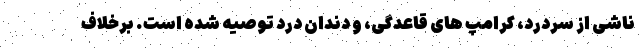
ناشی از سردرد، کرامپ های قاعدگی، و دندان درد توصیه شده است. برخلاف